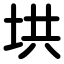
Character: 垬